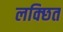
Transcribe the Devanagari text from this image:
लक्छित